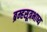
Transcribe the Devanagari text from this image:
ब्रम्हसूत्रभाष्य